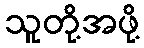
သူတို့အဖို့